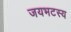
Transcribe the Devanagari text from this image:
जयभटस्य